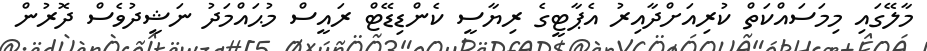
މާލޭގައި މިމަސައްކަތް ކުރިއަށްދާއިރު އެޕާޓީގެ ރިޔާސީ ކެންޑިޑޭޓް ރައީސް މުޙައްމަދު ނަޝީދުވެސް ދޮރުން